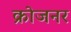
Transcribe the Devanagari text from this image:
क्रोजनर